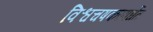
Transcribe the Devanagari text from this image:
विश्वचषकस्पर्धेत